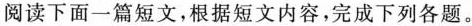
阅读下面一篇短文,根据短文内容,完成下列各题.